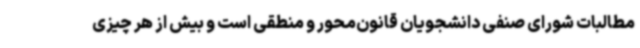
مطالبات شورای صنفی دانشجویان قانون‌محور و منطقی است و بیش از هر چیزی